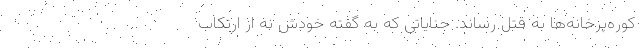
کوره‌پزخانه‌ها به قتل رساند. جنایاتی که به ‌گفته خودش نه از ارتکاب